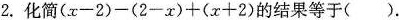
2.化简$$( x - 2 ) - ( 2 - x ) + ( x + 2 )$$的结果等于( ).